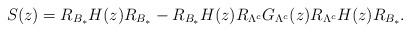
LaTeX: \begin{align*}S(z)=R_{B_*}{H}(z)R_{B_*}-R_{B_*}{H}(z)R_{\Lambda^c}G_{\Lambda^c}(z)R_{\Lambda^c}{H}(z)R_{B_*}.\end{align*}